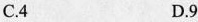
C.4 D.9